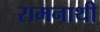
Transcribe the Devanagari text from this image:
रामनाथी